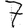
Digit: 7